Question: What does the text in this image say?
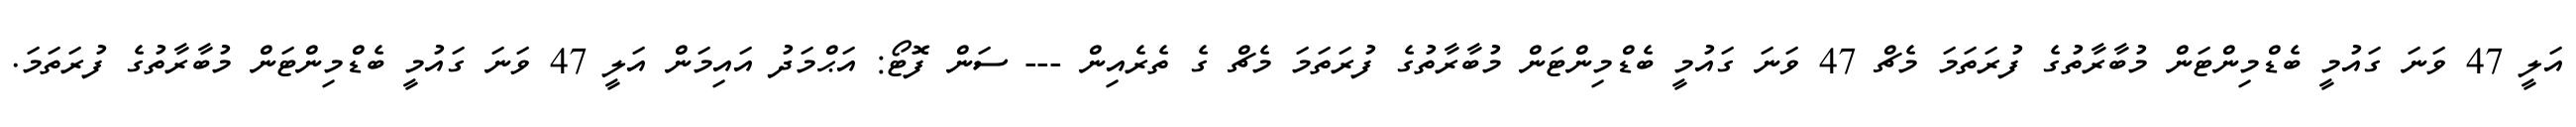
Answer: އަލީ 47 ވަނަ ގައުމީ ބެޑްމިންޓަން މުބާރާތުގެ ފުރަތަމަ މެޗް 47 ވަނަ ގައުމީ ބެޑްމިންޓަން މުބާރާތުގެ ފުރަތަމަ މެޗް ގެ ތެރެއިން --- ސަން ފޮޓޯ: އަޙްމަދު އައިމަން އަލީ 47 ވަނަ ގައުމީ ބެޑްމިންޓަން މުބާރާތުގެ ފުރަތަމަ.